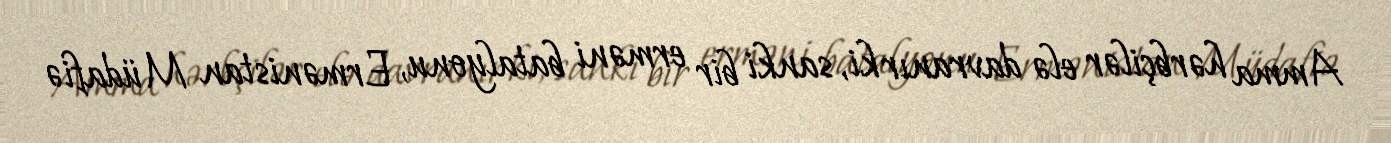
Amma hərbçilər elə davranır ki, sanki bir erməni batalyonu, Ermənistan Müdafiə